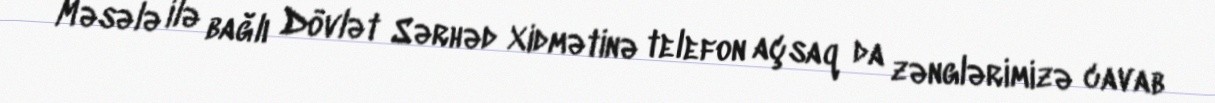
Məsələ ilə bağlı Dövlət Sərhəd Xidmətinə telefon açsaq da zənglərimizə cavab